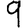
Digit: 9